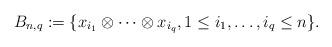
LaTeX: \begin{align*}B_{n,q}:=\{ x_{i_1} \otimes \cdots \otimes x_{i_q} , 1 \leq i_1, \ldots, i_q \leq n \}.\end{align*}